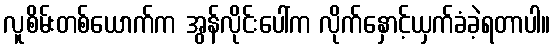
လူစိမ်းတစ်ယောက်က အွန်လိုင်းပေါ်က လိုက်နှောင့်ယှက်ခံခဲ့ရတာပါ။